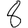
Digit: 8